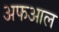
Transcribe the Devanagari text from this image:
अफआल